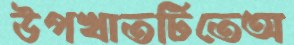
উপখাতটিতেঅ